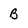
Character: B